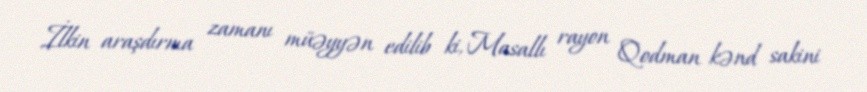
İlkin araşdırma zamanı müəyyən edilib ki, Masallı rayon Qodman kənd sakini